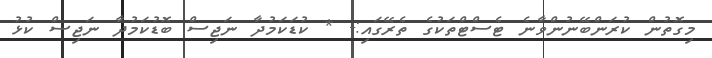
މިގޮތުން ކުރަންބޭނުންވާނެ ޓެސްޓްތަކުގެ ތެރޭގައި:- * ކުޑަކަމުދާ ނަޖިސް ބޮޑުކަމުދާ ނަޖިސް ކުޅު